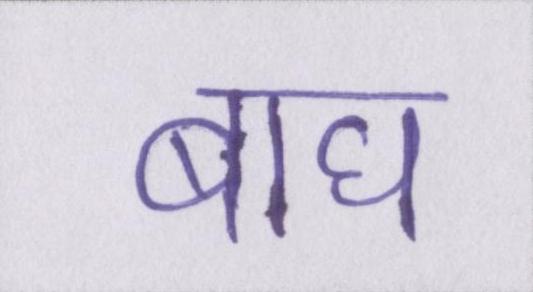
बाघ